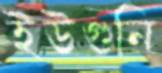
ইউগুনি